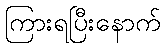
ကြားရပြီးနောက်